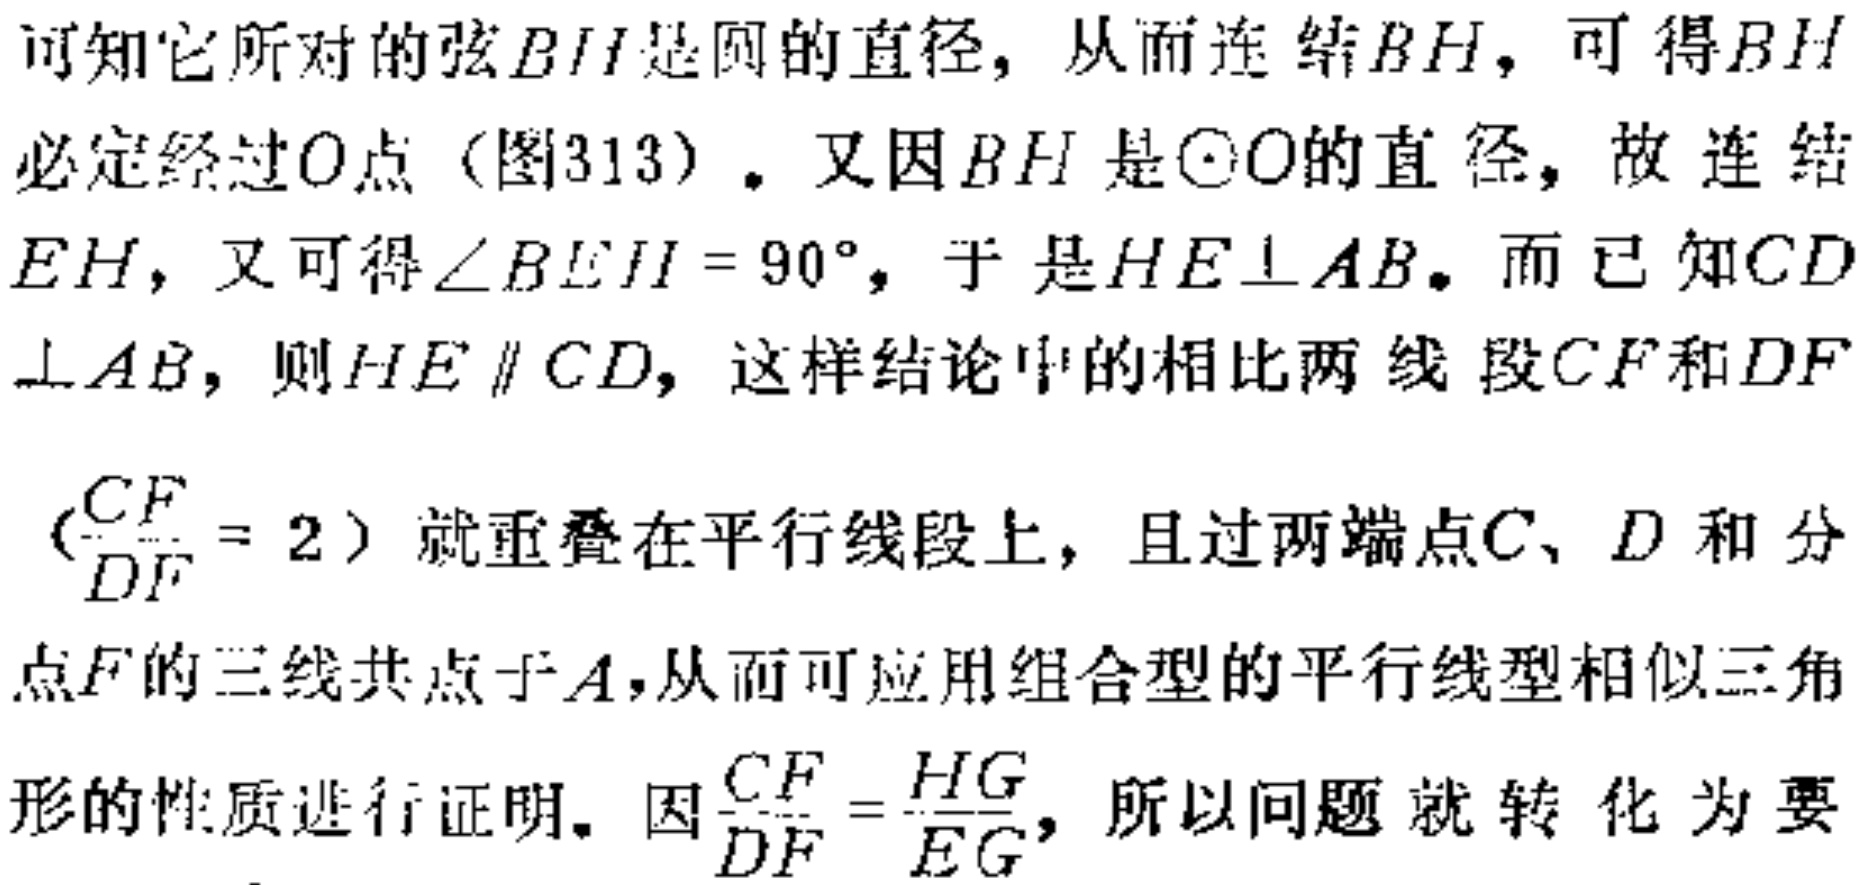
可知它所对的弦\(BH\)是圆的直径，从而连结\(BH\)，可得\(BH\)必定经过\(O\)点（图313）。又因\(BH\)是\(\odot O\)的直径，故连结\(EH\)，又可得\(\angle BEH = 90^{\circ}\)，于是\(HE\perp AB\)。而已知\(CD\perp AB\)，则\(HE\parallel CD\)，这样结论中的相比两线段\(CF\)和\(DF\)（\(\frac{CF}{DF}=2\)）就重叠在平行线段上，且过两端点\(C\)、\(D\)和分点\(F\)的三线共点于\(A\)，从而可应用组合型的平行线型相似三角形的性质进行证明。因\(\frac{CF}{DF}=\frac{HG}{EG}\)，所以问题就转化为要